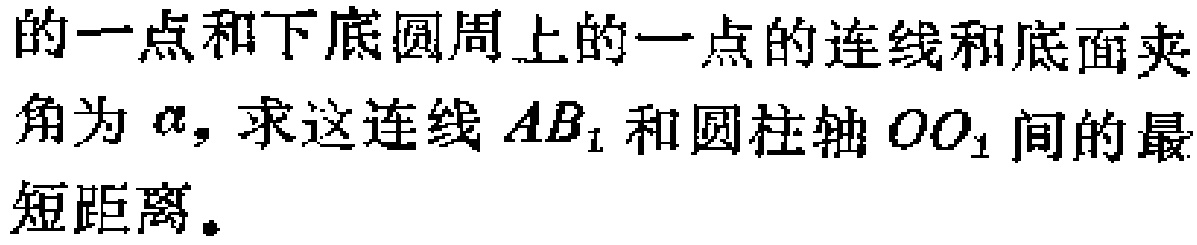
的一点和下底圆周上的一点的连线和底面夹角为\(\alpha\)，求这连线\(AB_{1}\)和圆柱轴\(OO_{1}\)间的最短距离。